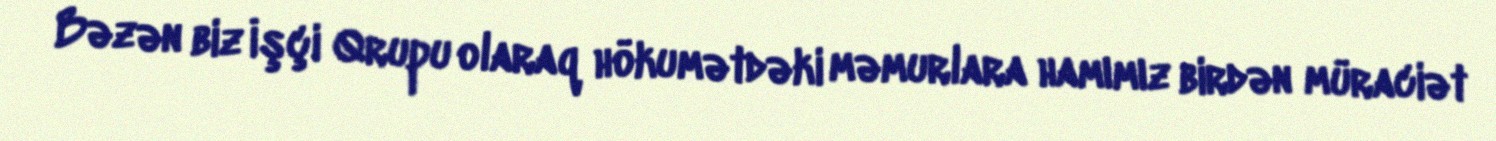
Bəzən biz İşçi Qrupu olaraq hökumətdəki məmurlara hamımız birdən müraciət